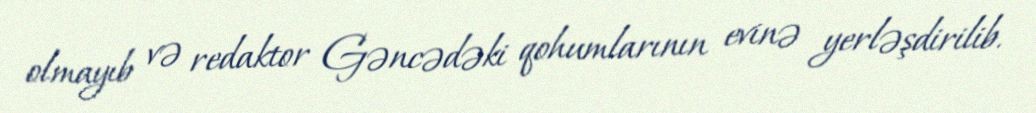
olmayıb və redaktor Gəncədəki qohumlarının evinə yerləşdirilib.